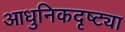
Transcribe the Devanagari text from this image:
आधुनिकदृष्ट्या